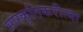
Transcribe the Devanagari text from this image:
सांस्कृतिकरीत्या